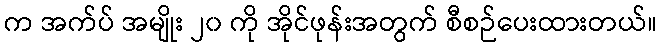
က အက်ပ် အမျိုး ၂၀ ကို အိုင်ဖုန်းအတွက် စီစဉ်ပေးထားတယ်။